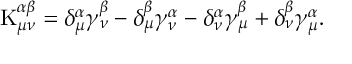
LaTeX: \mathrm { K } _ { \mu \nu } ^ { \alpha \beta } = \delta _ { \mu } ^ { \alpha } \gamma _ { \nu } ^ { \beta } - \delta _ { \mu } ^ { \beta } \gamma _ { \nu } ^ { \alpha } - \delta _ { \nu } ^ { \alpha } \gamma _ { \mu } ^ { \beta } + \delta _ { \nu } ^ { \beta } \gamma _ { \mu } ^ { \alpha } .